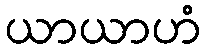
ယာယာဟံ